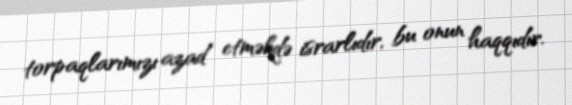
torpaqlarımızı azad etməkdə israrlıdır, bu onun haqqıdır.